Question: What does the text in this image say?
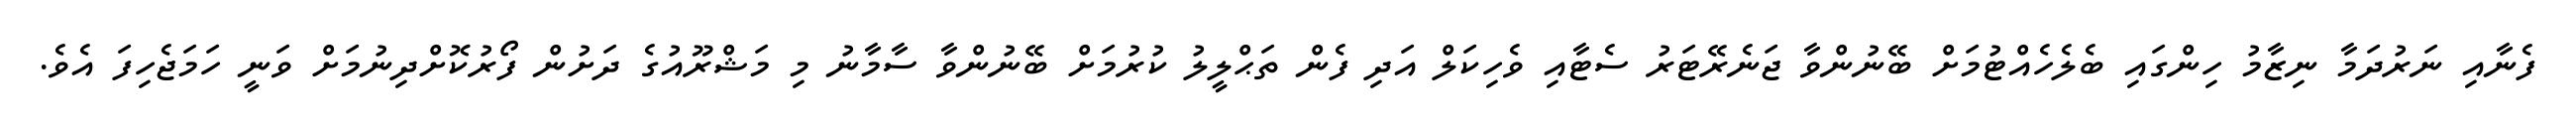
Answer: ފެނާއި ނަރުދަމާ ނިޒާމު ހިންގައި ބެލެހެއްޓުމަށް ބޭނުންވާ ޖަނެރޭޓަރު ސެޓާއި ވެހިކަލް އަދި ފެން ތަޙްލީލު ކުރުމަށް ބޭނުންވާ ސާމާނު މި މަޝްރޫއުގެ ދަށުން ފޯރުކޮށްދިނުމަށް ވަނީ ހަމަޖެހިފަ އެވެ.